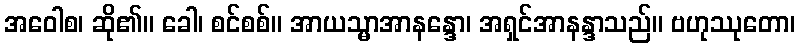
အဝေါစ၊ ဆို၏။ ခေါ၊ စင်စစ်။ အာယသ္မာအာနန္ဒော၊ အရှင်အာနန္ဒာသည်။ ဗဟုဿုတော၊